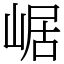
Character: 崌